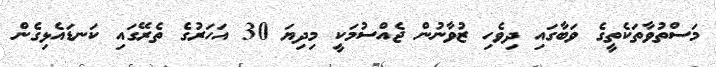
މަސްތުވާތަކެތީގެ ވަބާގައި ދިވެހި ޒުވާނުން ޖެއްސުމަކީ މިދިޔަ 30 އަހަރުގެ ތެރޭގައި ކަނޑައެޅިގެން